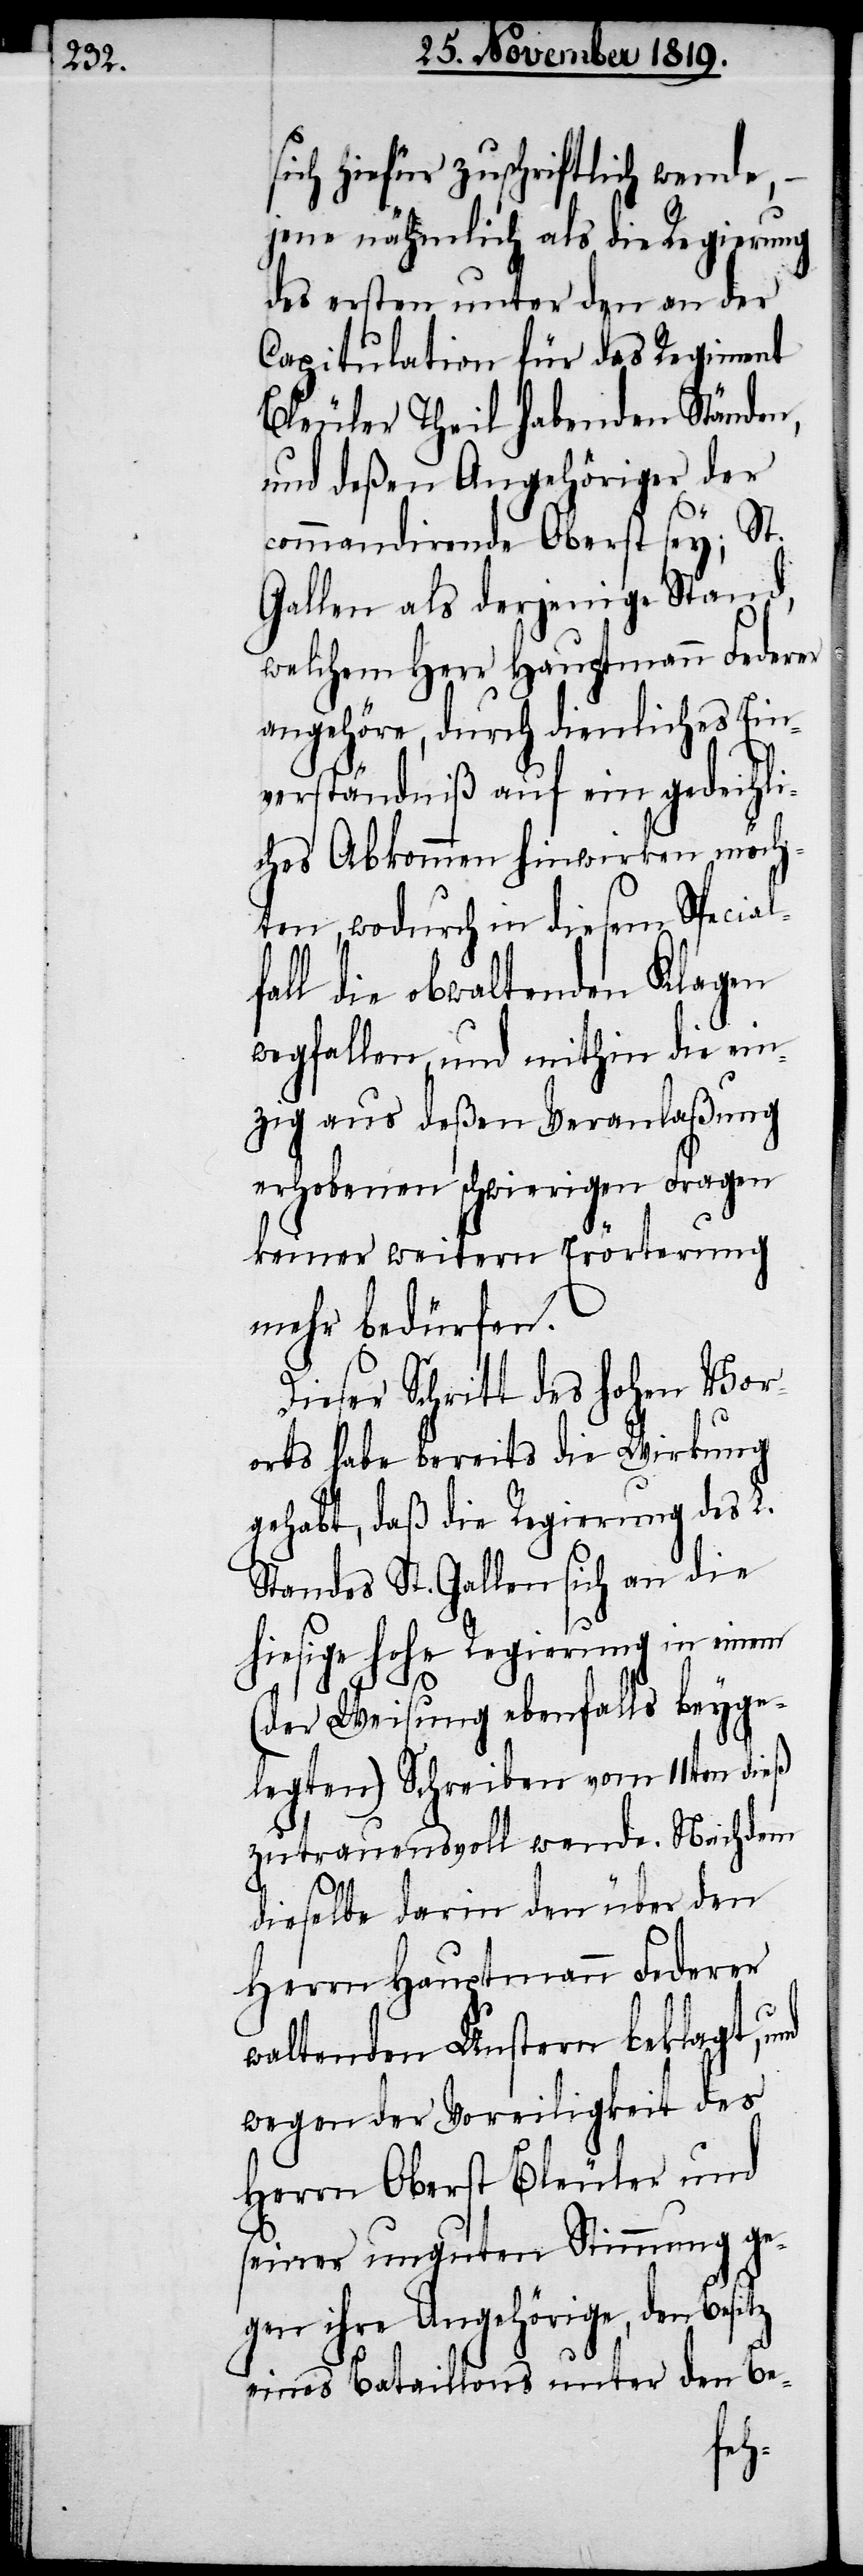
sich hiefür zuschriftlich wende,
jene nähmlich als die Regierung
des ersten unter den an der
Capitulation für das Regiment
Bleuler Theil habenden Ständen,
und deßen Angehöriger der
commandirende Oberst sey; St.
Gallen als derjenige Stand,
welchem Herr Hauptmann Federer
angehöre, durch dienliches Ein¬
verständniß auf ein gedeihli¬
ches Abkommen hinwirken möch¬
ten, wodurch in diesem Special¬
fall die obwaltenden Klagen
wegfallen, und mithin die ein¬
zig aus deßen Veranlaßung
erhobenen schwierigen Fragen
keiner weitern Erörterung
mehr bedürfen.
Dieser Schritt des hohen Vor¬
orts habe bereits die Wirkung
gehabt, daß die Regierung des L.
Standes St. Gallen sich an die
hiesige hohe Regierung in einem
(der Weisung ebenfalls beyge¬
legten) Schreiben vom 11ten dieß
zutrauensvoll wende. Nachdem
dieselbe darin den über den
Herrn Hauptmann Federer
waltenden Unstern beklagt, und
wegen der Voreiligkeit des
Herrn Oberst Bleuler und
seiner unguten Stimmung ge¬
gen ihre Angehörige, den Bes¬
eines Bataillons unter den Be-
itz